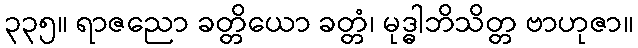
၃၃၅။ ရာဇညော ခတ္တိယော ခတ္တံ၊ မုဒ္ဓါဘိသိတ္တ ဗာဟုဇာ။